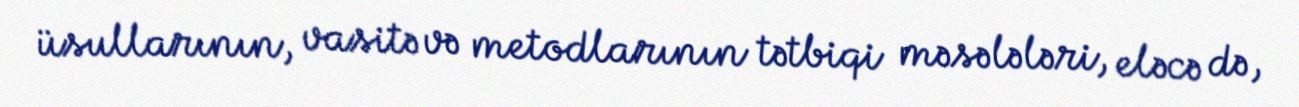
üsullarının, vasitə və metodlarının tətbiqi məsələləri, eləcə də,